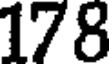
178